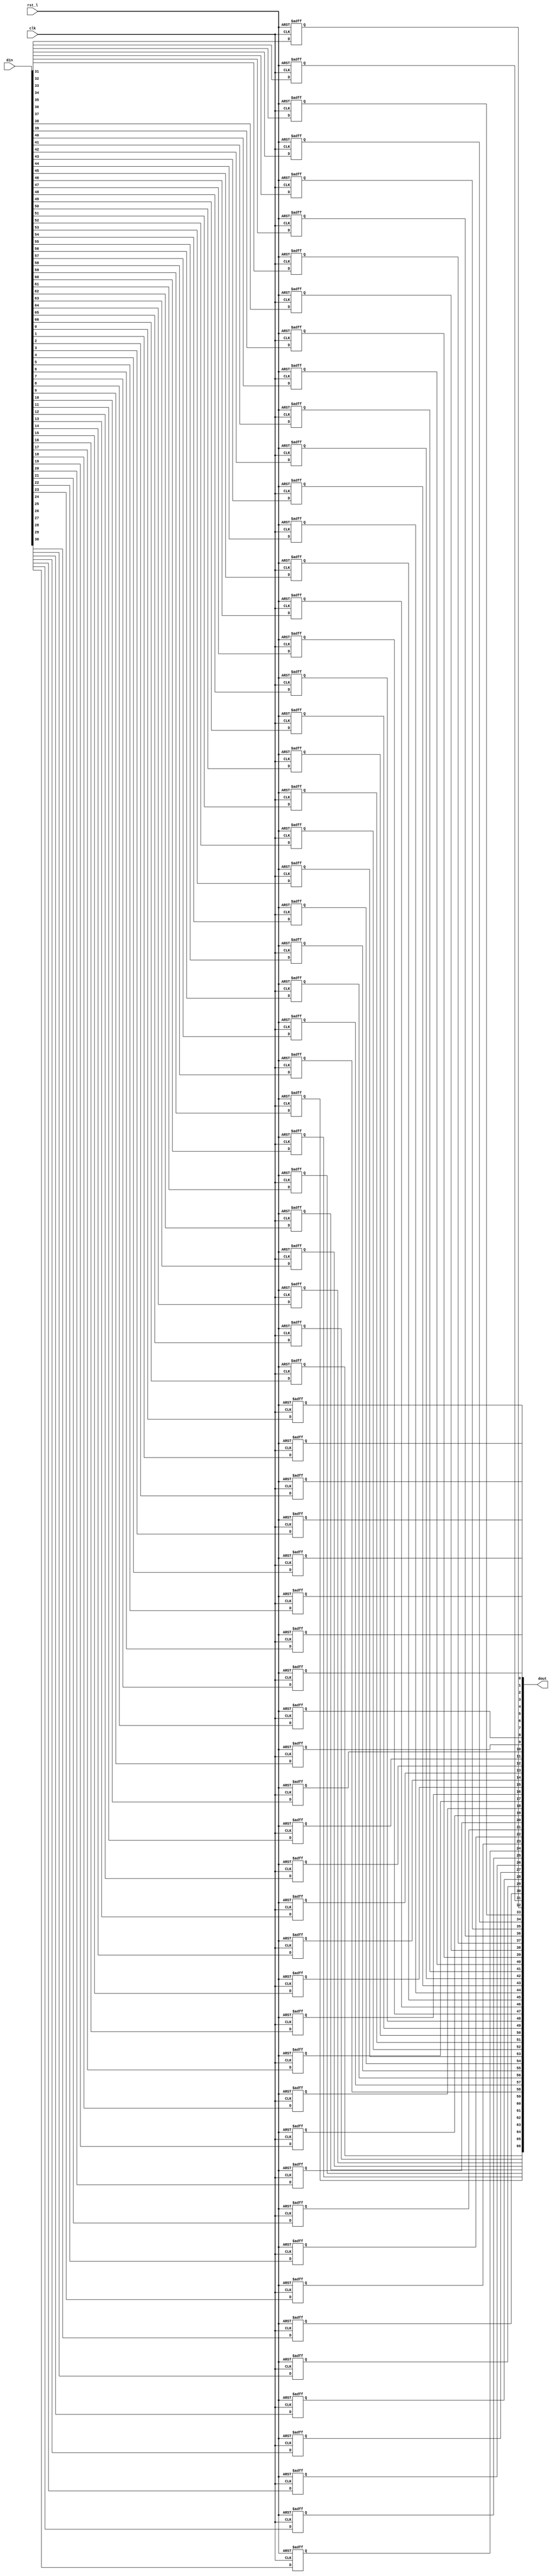
module rvdff_WIDTH67
(
  din,
  clk,
  rst_l,
  dout
);

  input [66:0] din;
  output [66:0] dout;
  input clk;
  input rst_l;
  wire N0;
  reg [66:0] dout;

  always @(posedge clk or posedge N0) begin
    if(N0) begin
      dout[66] <= 1'b0;
    end else if(1'b1) begin
      dout[66] <= din[66];
    end
  end


  always @(posedge clk or posedge N0) begin
    if(N0) begin
      dout[65] <= 1'b0;
    end else if(1'b1) begin
      dout[65] <= din[65];
    end
  end


  always @(posedge clk or posedge N0) begin
    if(N0) begin
      dout[64] <= 1'b0;
    end else if(1'b1) begin
      dout[64] <= din[64];
    end
  end


  always @(posedge clk or posedge N0) begin
    if(N0) begin
      dout[63] <= 1'b0;
    end else if(1'b1) begin
      dout[63] <= din[63];
    end
  end


  always @(posedge clk or posedge N0) begin
    if(N0) begin
      dout[62] <= 1'b0;
    end else if(1'b1) begin
      dout[62] <= din[62];
    end
  end


  always @(posedge clk or posedge N0) begin
    if(N0) begin
      dout[61] <= 1'b0;
    end else if(1'b1) begin
      dout[61] <= din[61];
    end
  end


  always @(posedge clk or posedge N0) begin
    if(N0) begin
      dout[60] <= 1'b0;
    end else if(1'b1) begin
      dout[60] <= din[60];
    end
  end


  always @(posedge clk or posedge N0) begin
    if(N0) begin
      dout[59] <= 1'b0;
    end else if(1'b1) begin
      dout[59] <= din[59];
    end
  end


  always @(posedge clk or posedge N0) begin
    if(N0) begin
      dout[58] <= 1'b0;
    end else if(1'b1) begin
      dout[58] <= din[58];
    end
  end


  always @(posedge clk or posedge N0) begin
    if(N0) begin
      dout[57] <= 1'b0;
    end else if(1'b1) begin
      dout[57] <= din[57];
    end
  end


  always @(posedge clk or posedge N0) begin
    if(N0) begin
      dout[56] <= 1'b0;
    end else if(1'b1) begin
      dout[56] <= din[56];
    end
  end


  always @(posedge clk or posedge N0) begin
    if(N0) begin
      dout[55] <= 1'b0;
    end else if(1'b1) begin
      dout[55] <= din[55];
    end
  end


  always @(posedge clk or posedge N0) begin
    if(N0) begin
      dout[54] <= 1'b0;
    end else if(1'b1) begin
      dout[54] <= din[54];
    end
  end


  always @(posedge clk or posedge N0) begin
    if(N0) begin
      dout[53] <= 1'b0;
    end else if(1'b1) begin
      dout[53] <= din[53];
    end
  end


  always @(posedge clk or posedge N0) begin
    if(N0) begin
      dout[52] <= 1'b0;
    end else if(1'b1) begin
      dout[52] <= din[52];
    end
  end


  always @(posedge clk or posedge N0) begin
    if(N0) begin
      dout[51] <= 1'b0;
    end else if(1'b1) begin
      dout[51] <= din[51];
    end
  end


  always @(posedge clk or posedge N0) begin
    if(N0) begin
      dout[50] <= 1'b0;
    end else if(1'b1) begin
      dout[50] <= din[50];
    end
  end


  always @(posedge clk or posedge N0) begin
    if(N0) begin
      dout[49] <= 1'b0;
    end else if(1'b1) begin
      dout[49] <= din[49];
    end
  end


  always @(posedge clk or posedge N0) begin
    if(N0) begin
      dout[48] <= 1'b0;
    end else if(1'b1) begin
      dout[48] <= din[48];
    end
  end


  always @(posedge clk or posedge N0) begin
    if(N0) begin
      dout[47] <= 1'b0;
    end else if(1'b1) begin
      dout[47] <= din[47];
    end
  end


  always @(posedge clk or posedge N0) begin
    if(N0) begin
      dout[46] <= 1'b0;
    end else if(1'b1) begin
      dout[46] <= din[46];
    end
  end


  always @(posedge clk or posedge N0) begin
    if(N0) begin
      dout[45] <= 1'b0;
    end else if(1'b1) begin
      dout[45] <= din[45];
    end
  end


  always @(posedge clk or posedge N0) begin
    if(N0) begin
      dout[44] <= 1'b0;
    end else if(1'b1) begin
      dout[44] <= din[44];
    end
  end


  always @(posedge clk or posedge N0) begin
    if(N0) begin
      dout[43] <= 1'b0;
    end else if(1'b1) begin
      dout[43] <= din[43];
    end
  end


  always @(posedge clk or posedge N0) begin
    if(N0) begin
      dout[42] <= 1'b0;
    end else if(1'b1) begin
      dout[42] <= din[42];
    end
  end


  always @(posedge clk or posedge N0) begin
    if(N0) begin
      dout[41] <= 1'b0;
    end else if(1'b1) begin
      dout[41] <= din[41];
    end
  end


  always @(posedge clk or posedge N0) begin
    if(N0) begin
      dout[40] <= 1'b0;
    end else if(1'b1) begin
      dout[40] <= din[40];
    end
  end


  always @(posedge clk or posedge N0) begin
    if(N0) begin
      dout[39] <= 1'b0;
    end else if(1'b1) begin
      dout[39] <= din[39];
    end
  end


  always @(posedge clk or posedge N0) begin
    if(N0) begin
      dout[38] <= 1'b0;
    end else if(1'b1) begin
      dout[38] <= din[38];
    end
  end


  always @(posedge clk or posedge N0) begin
    if(N0) begin
      dout[37] <= 1'b0;
    end else if(1'b1) begin
      dout[37] <= din[37];
    end
  end


  always @(posedge clk or posedge N0) begin
    if(N0) begin
      dout[36] <= 1'b0;
    end else if(1'b1) begin
      dout[36] <= din[36];
    end
  end


  always @(posedge clk or posedge N0) begin
    if(N0) begin
      dout[35] <= 1'b0;
    end else if(1'b1) begin
      dout[35] <= din[35];
    end
  end


  always @(posedge clk or posedge N0) begin
    if(N0) begin
      dout[34] <= 1'b0;
    end else if(1'b1) begin
      dout[34] <= din[34];
    end
  end


  always @(posedge clk or posedge N0) begin
    if(N0) begin
      dout[33] <= 1'b0;
    end else if(1'b1) begin
      dout[33] <= din[33];
    end
  end


  always @(posedge clk or posedge N0) begin
    if(N0) begin
      dout[32] <= 1'b0;
    end else if(1'b1) begin
      dout[32] <= din[32];
    end
  end


  always @(posedge clk or posedge N0) begin
    if(N0) begin
      dout[31] <= 1'b0;
    end else if(1'b1) begin
      dout[31] <= din[31];
    end
  end


  always @(posedge clk or posedge N0) begin
    if(N0) begin
      dout[30] <= 1'b0;
    end else if(1'b1) begin
      dout[30] <= din[30];
    end
  end


  always @(posedge clk or posedge N0) begin
    if(N0) begin
      dout[29] <= 1'b0;
    end else if(1'b1) begin
      dout[29] <= din[29];
    end
  end


  always @(posedge clk or posedge N0) begin
    if(N0) begin
      dout[28] <= 1'b0;
    end else if(1'b1) begin
      dout[28] <= din[28];
    end
  end


  always @(posedge clk or posedge N0) begin
    if(N0) begin
      dout[27] <= 1'b0;
    end else if(1'b1) begin
      dout[27] <= din[27];
    end
  end


  always @(posedge clk or posedge N0) begin
    if(N0) begin
      dout[26] <= 1'b0;
    end else if(1'b1) begin
      dout[26] <= din[26];
    end
  end


  always @(posedge clk or posedge N0) begin
    if(N0) begin
      dout[25] <= 1'b0;
    end else if(1'b1) begin
      dout[25] <= din[25];
    end
  end


  always @(posedge clk or posedge N0) begin
    if(N0) begin
      dout[24] <= 1'b0;
    end else if(1'b1) begin
      dout[24] <= din[24];
    end
  end


  always @(posedge clk or posedge N0) begin
    if(N0) begin
      dout[23] <= 1'b0;
    end else if(1'b1) begin
      dout[23] <= din[23];
    end
  end


  always @(posedge clk or posedge N0) begin
    if(N0) begin
      dout[22] <= 1'b0;
    end else if(1'b1) begin
      dout[22] <= din[22];
    end
  end


  always @(posedge clk or posedge N0) begin
    if(N0) begin
      dout[21] <= 1'b0;
    end else if(1'b1) begin
      dout[21] <= din[21];
    end
  end


  always @(posedge clk or posedge N0) begin
    if(N0) begin
      dout[20] <= 1'b0;
    end else if(1'b1) begin
      dout[20] <= din[20];
    end
  end


  always @(posedge clk or posedge N0) begin
    if(N0) begin
      dout[19] <= 1'b0;
    end else if(1'b1) begin
      dout[19] <= din[19];
    end
  end


  always @(posedge clk or posedge N0) begin
    if(N0) begin
      dout[18] <= 1'b0;
    end else if(1'b1) begin
      dout[18] <= din[18];
    end
  end


  always @(posedge clk or posedge N0) begin
    if(N0) begin
      dout[17] <= 1'b0;
    end else if(1'b1) begin
      dout[17] <= din[17];
    end
  end


  always @(posedge clk or posedge N0) begin
    if(N0) begin
      dout[16] <= 1'b0;
    end else if(1'b1) begin
      dout[16] <= din[16];
    end
  end


  always @(posedge clk or posedge N0) begin
    if(N0) begin
      dout[15] <= 1'b0;
    end else if(1'b1) begin
      dout[15] <= din[15];
    end
  end


  always @(posedge clk or posedge N0) begin
    if(N0) begin
      dout[14] <= 1'b0;
    end else if(1'b1) begin
      dout[14] <= din[14];
    end
  end


  always @(posedge clk or posedge N0) begin
    if(N0) begin
      dout[13] <= 1'b0;
    end else if(1'b1) begin
      dout[13] <= din[13];
    end
  end


  always @(posedge clk or posedge N0) begin
    if(N0) begin
      dout[12] <= 1'b0;
    end else if(1'b1) begin
      dout[12] <= din[12];
    end
  end


  always @(posedge clk or posedge N0) begin
    if(N0) begin
      dout[11] <= 1'b0;
    end else if(1'b1) begin
      dout[11] <= din[11];
    end
  end


  always @(posedge clk or posedge N0) begin
    if(N0) begin
      dout[10] <= 1'b0;
    end else if(1'b1) begin
      dout[10] <= din[10];
    end
  end


  always @(posedge clk or posedge N0) begin
    if(N0) begin
      dout[9] <= 1'b0;
    end else if(1'b1) begin
      dout[9] <= din[9];
    end
  end


  always @(posedge clk or posedge N0) begin
    if(N0) begin
      dout[8] <= 1'b0;
    end else if(1'b1) begin
      dout[8] <= din[8];
    end
  end


  always @(posedge clk or posedge N0) begin
    if(N0) begin
      dout[7] <= 1'b0;
    end else if(1'b1) begin
      dout[7] <= din[7];
    end
  end


  always @(posedge clk or posedge N0) begin
    if(N0) begin
      dout[6] <= 1'b0;
    end else if(1'b1) begin
      dout[6] <= din[6];
    end
  end


  always @(posedge clk or posedge N0) begin
    if(N0) begin
      dout[5] <= 1'b0;
    end else if(1'b1) begin
      dout[5] <= din[5];
    end
  end


  always @(posedge clk or posedge N0) begin
    if(N0) begin
      dout[4] <= 1'b0;
    end else if(1'b1) begin
      dout[4] <= din[4];
    end
  end


  always @(posedge clk or posedge N0) begin
    if(N0) begin
      dout[3] <= 1'b0;
    end else if(1'b1) begin
      dout[3] <= din[3];
    end
  end


  always @(posedge clk or posedge N0) begin
    if(N0) begin
      dout[2] <= 1'b0;
    end else if(1'b1) begin
      dout[2] <= din[2];
    end
  end


  always @(posedge clk or posedge N0) begin
    if(N0) begin
      dout[1] <= 1'b0;
    end else if(1'b1) begin
      dout[1] <= din[1];
    end
  end


  always @(posedge clk or posedge N0) begin
    if(N0) begin
      dout[0] <= 1'b0;
    end else if(1'b1) begin
      dout[0] <= din[0];
    end
  end

  assign N0 = ~rst_l;

endmodule